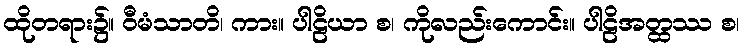
ထိုတရား၌။ ဝီမံသာတိ၊ ကား။ ပါဠိယာ စ၊ ကိုလည်းကောင်း။ ပါဠိအတ္ထဿ စ၊